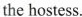
the hostess.